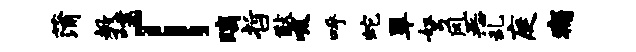
蒲教嚅「璃哲猷吸呼蛇翠弩风恶乱庭痛